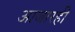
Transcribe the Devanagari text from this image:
आजारही